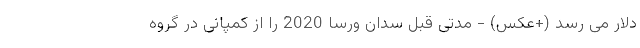
دلار می رسد (+عکس) - مدتی قبل سدان ورسا 2020 را از کمپانی در گروه